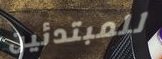
للمبتدئين